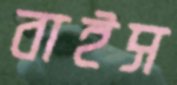
বাইস